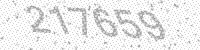
Solution: 217659